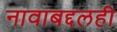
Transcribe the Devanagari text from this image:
नावाबद्दलही